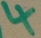
Text: 4